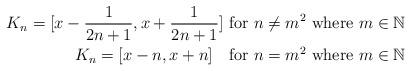
LaTeX: \begin{align*}K_n=[x-\frac{1}{2n+1},x+\frac{1}{2n+1}] \ \textrm{for} \ n \neq m^2 \ \textrm{where} \ m \in \mathbb{N} \\ K_n=[x-n,x+n] \ \ \ \textrm{for} \ n=m^2 \ \textrm{where} \ m \in \mathbb{N}\\\end{align*}